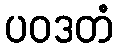
ပဝဒတံ